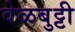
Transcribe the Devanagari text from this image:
वेळबुट्टी